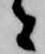
者